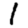
Digit: 1